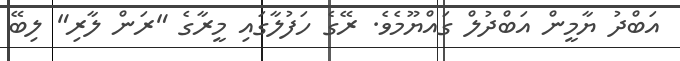
އަބްދު ޔާމީން އަބްދުލް ގައްޔޫމެވެ. ރޭގެ ހަފުލާގައި މީރާގެ "ރަން ލާރި" ލިބޭ